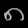
Digit: ၈